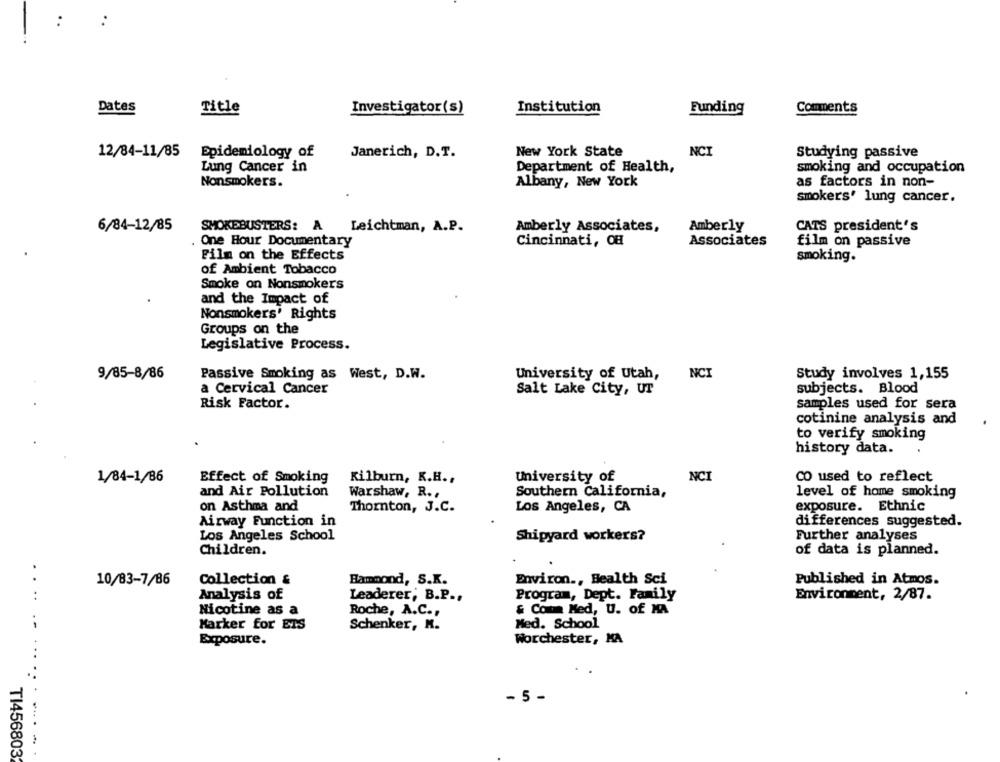
Dates
Title
Investigator(s)
Institution
Funding
Comments
New York State
NCI
Studying passive
12/84-11/85
Epidemiology of
Janerich, D.T.
Department of Health,
Lung Cancer in
smoking and occupation
Nonsmokers.
Albany, New York
as factors in non-
smokers' lung cancer.
6/84-12/85
Leichtman, A.P.
Amberly Associates,
Amberly
CATS president's
SMOKEBUSTERS: A
. One Hour Documentary
Cincinnati, OH
Associates
film on passive
Film on the Effects
smoking.
of Ambient Tobacco
Smoke on Nonsmokers
.
and the Impact of
Nonsmokers' Rights
Groups on the
Legislative Process.
9/85-8/86
Passive Smoking as West, D.W.
University of Utah,
NCI
Study involves 1,155
subjects. Blood
a Cervical Cancer
Salt Lake City, UT
Risk Factor.
samples used for sera
cotinine analysis and
to verify smoking
history data.
1/84-1/86
Effect of Smoking
Kilburn, K.H .,
University of
NCI
CO used to reflect
and Air Pollution
Warshaw, R .,
Southern California,
level of home smoking
on Asthma and
Thornton, J.C.
Los Angeles, CA
exposure. Ethnic
Airway Function in
differences suggested.
Los Angeles School
Shipyard workers?
Further analyses
Children.
of data is planned.
. .
10/83-7/86
Collection &
Bammond, S.K.
Environ ., Health Sci
Published in Atmos.
Program, Dept. Family
..
Analysis of
Leaderer; B.P .,
Environment, 2/87.
& Com Med, U. of MA
Nicotine as a
Roche, A.C .,
Marker for ETS
Schenker, M.
Med. School
Worchester, MA
Exposure.
- 5 -
TI456803